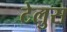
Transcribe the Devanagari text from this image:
टेलुस